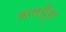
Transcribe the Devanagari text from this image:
लालमुँहा